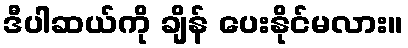
ဒီပါဆယ်ကို ချိန် ပေးနိုင်မလား။